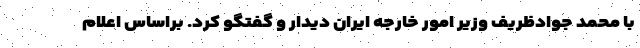
با محمد جوادظریف وزیر امور خارجه ایران دیدار و گفتگو کرد. براساس اعلام